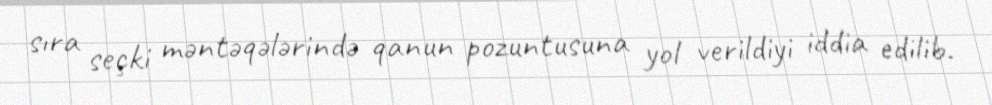
sıra seçki məntəqələrində qanun pozuntusuna yol verildiyi iddia edilib.